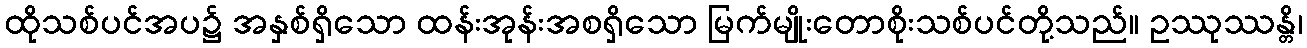
ထိုသစ်ပင်အပ၌ အနှစ်ရှိသော ထန်းအုန်းအစရှိသော မြက်မျိုးတောစိုးသစ်ပင်တို့သည်။ ဥဿုဿန္တိ၊